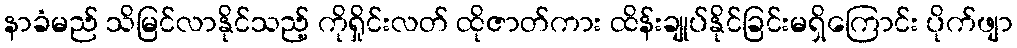
နာခံမည် သိမြင်လာနိုင်သည့် ကိုရှိုင်းလတ် ထိုဇာတ်ကား ထိန်းချုပ်နိုင်ခြင်းမရှိကြောင်း ပိုက်ဖျာ